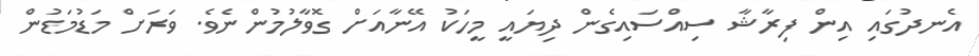
އެނދުގައި އިން ފިރާޝާ ސިއްސައިގެން ދިޔައީ މީހަކު އޭނާއަށް ގޮވާލުމުންނެވެ. ވަރަށް މަޑުމަޑުން